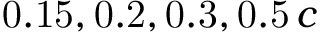
\mathrm { 0 . 1 5 , 0 . 2 , 0 . 3 , 0 . 5 } \, c